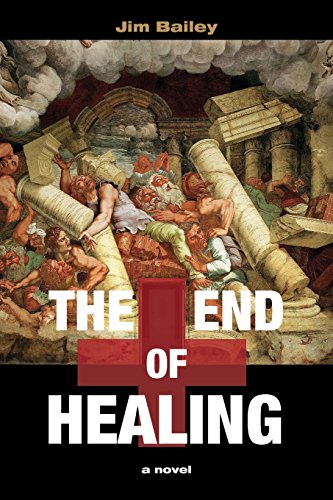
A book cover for The End of Healing; Jim Bailey; Mystery, Thriller & Suspense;